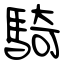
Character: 騎